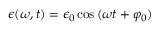
\epsilon ( \omega , t ) = \epsilon _ { 0 } \cos { ( \omega t + \varphi _ { 0 } ) }